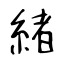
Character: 緒